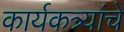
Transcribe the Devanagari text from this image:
कार्यकत्र्यांचे